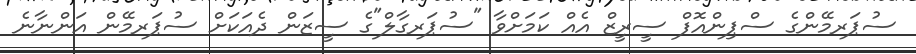
ސުޕަރމޭންގެ ސްޕިންއޮފް ސީރީޒް އެއް ކަމަށްވާ "ސުޕަރގާލް"ގެ ސީޒަން ދެއަކަށް ސުޕަރމޭން އަންނާނެ